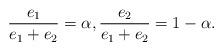
LaTeX: \begin{align*} \dfrac{e_1}{e_1+e_2}=\alpha,\dfrac{e_2}{e_1+e_2}=1-\alpha. \end{align*}